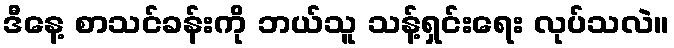
ဒီနေ့ စာသင်ခန်းကို ဘယ်သူ သန့်ရှင်းရေး လုပ်သလဲ။